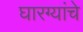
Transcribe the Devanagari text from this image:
घारग्यांचे